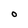
Character: O